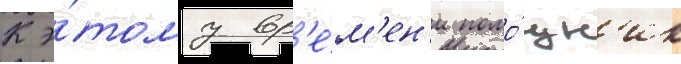
К э́тому вр'е́м'ен'и помо́щн'ик